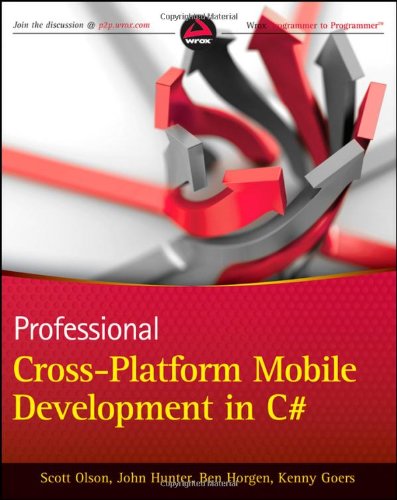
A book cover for Professional Cross-Platform Mobile Development in C#; Scott Olson; Computers & Technology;